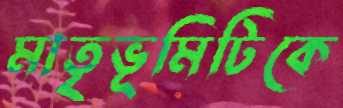
মাতৃভূমিটিকে